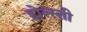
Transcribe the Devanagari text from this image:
होल्स्ती